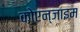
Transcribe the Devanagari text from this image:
कोएन्जाइम